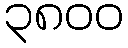
၃၈၀၀